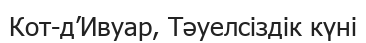
Кот-д’Ивуар, Тәуелсіздік күні